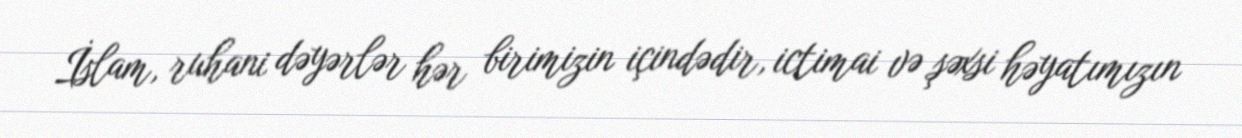
İslam, ruhani dəyərlər hər birimizin içindədir, ictimai və şəxsi həyatımızın